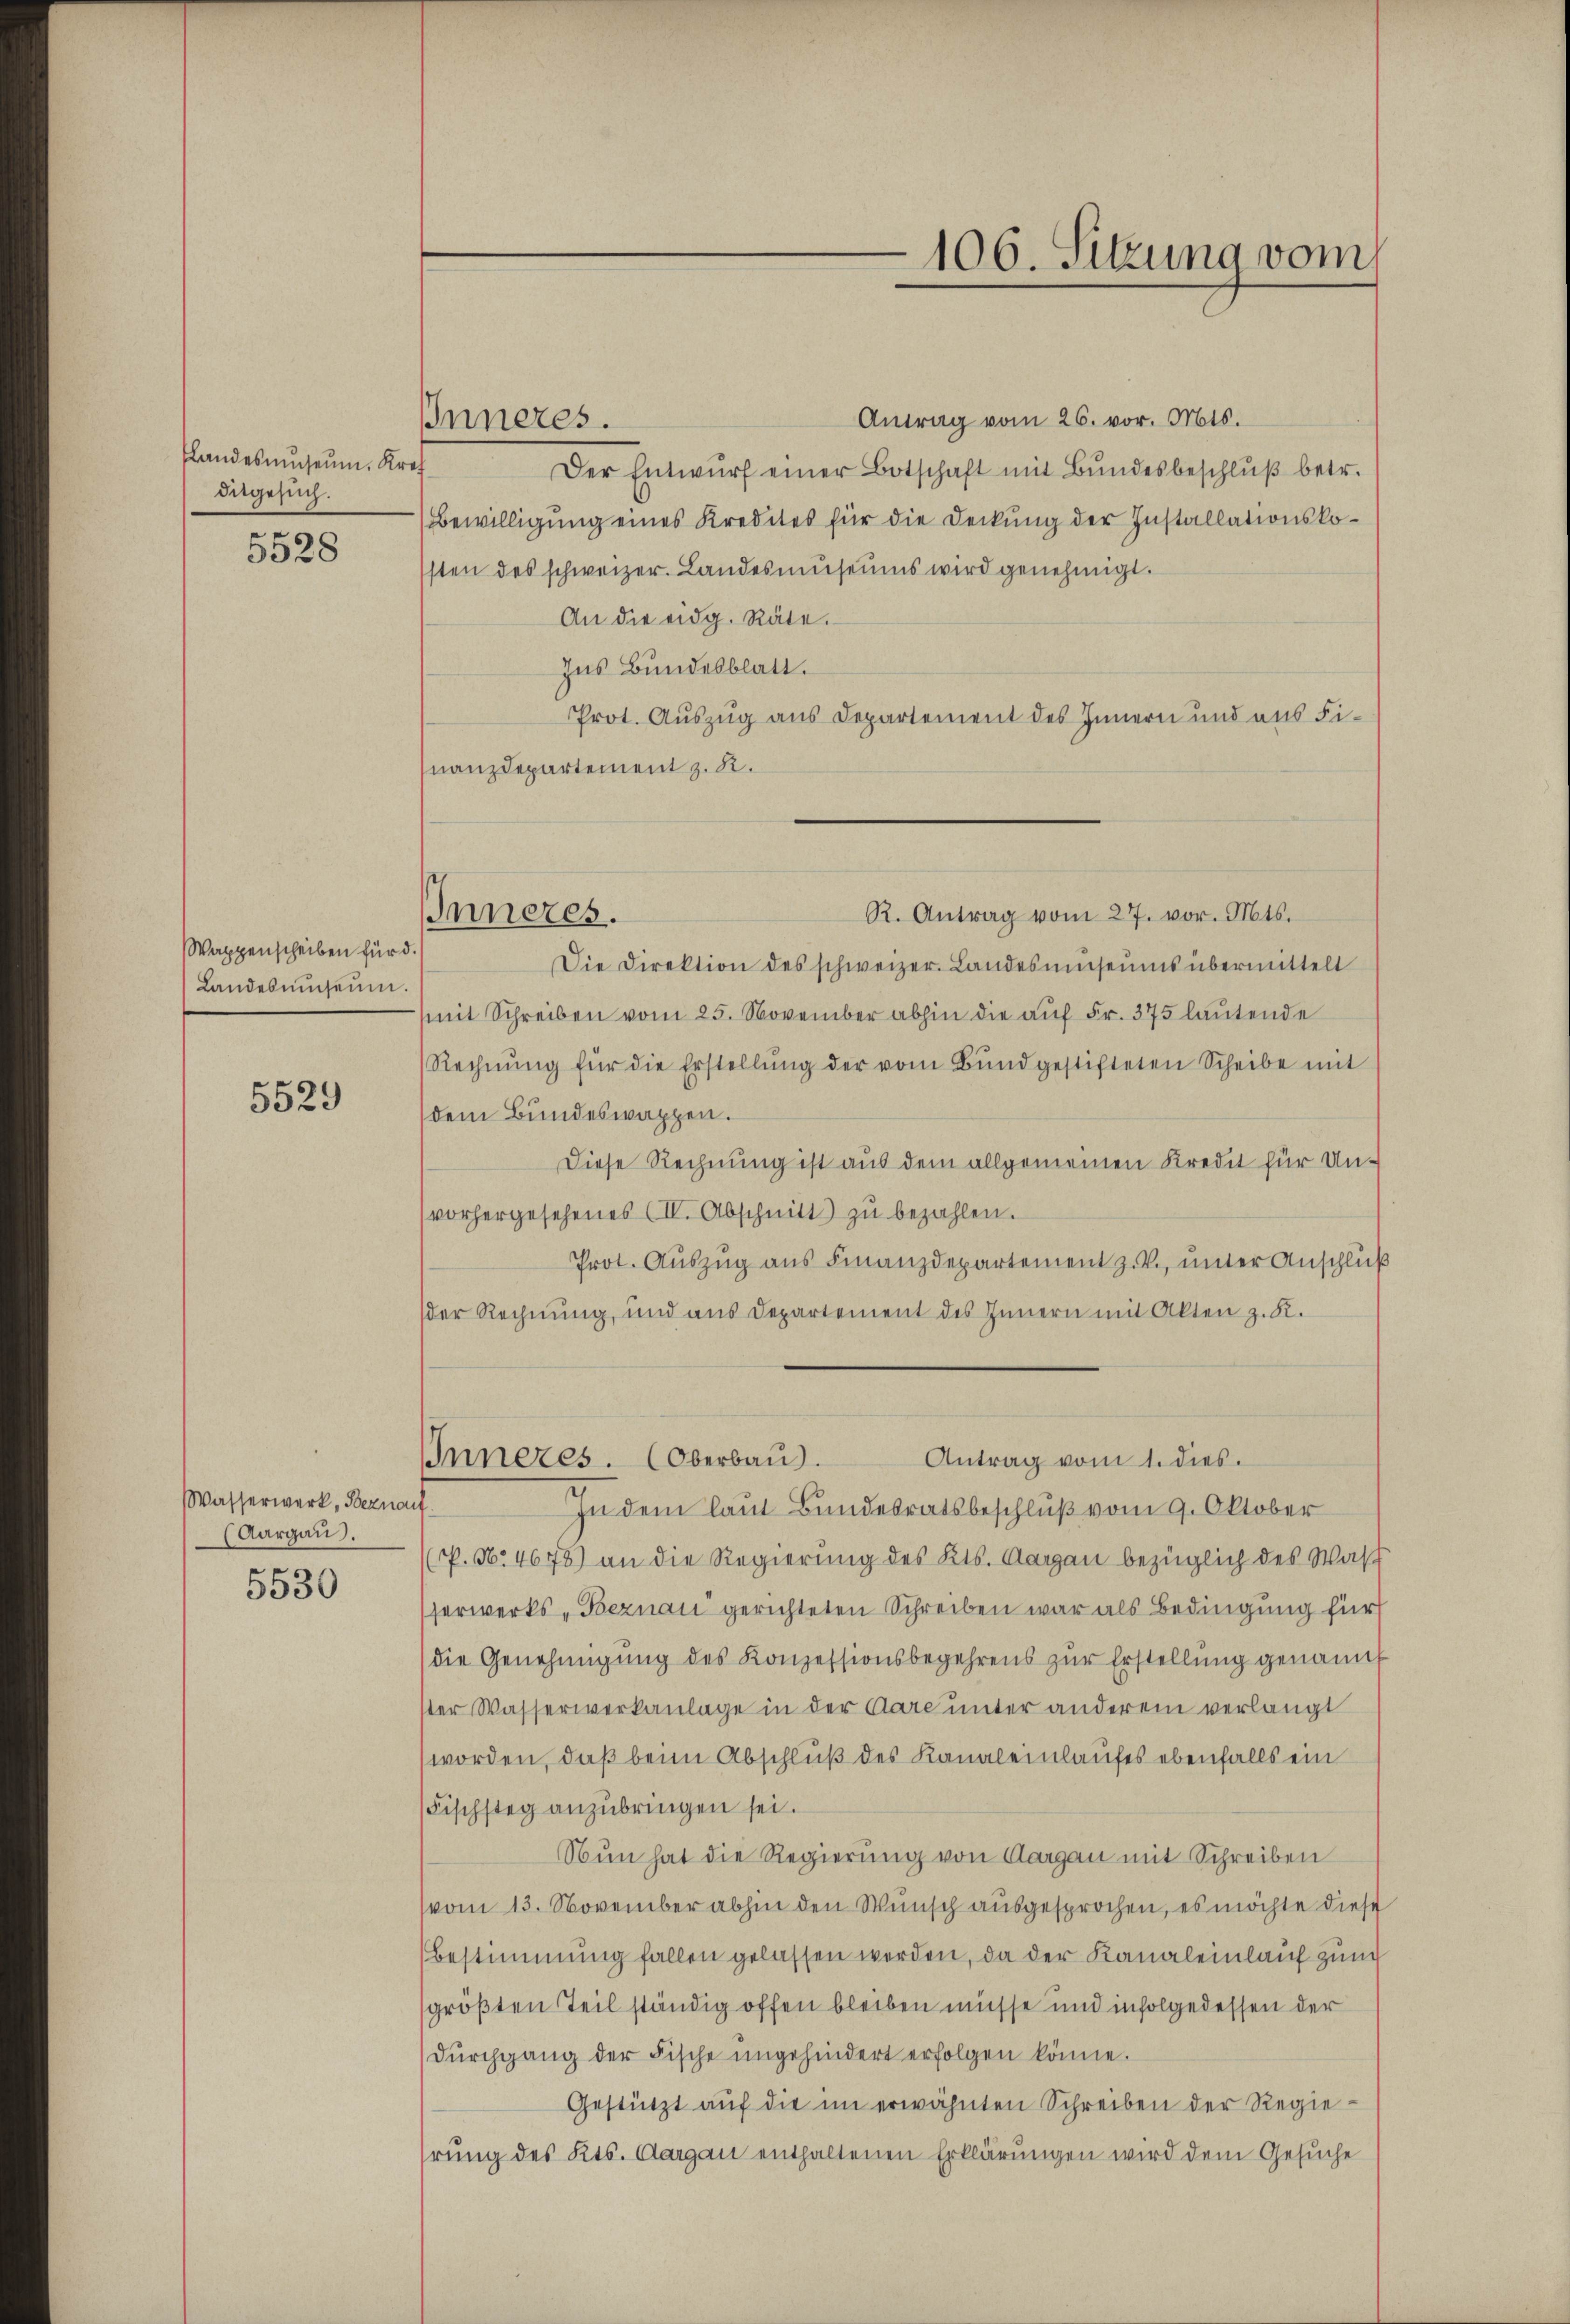
5528

Wappenscheiben für d.
Landesŭmseŭm.

5529

Wasserwerk, Beznau
(Aargau.
5530

slandesmuseum. Kres
degesuch.

Inneres.

Inneres.

106. Sitzung vom

Antrag vom 26. vor. Mts.
Der Entwŭrf einer Botschaft mit Bŭndesbeschlŭβ betr.
Bewilligung eines Kredites für die Deckung der Installationskosten des schweizer. Landesmuseums wird genehmigt.
An die eidg. Räte.
Ins Bundesblatt.
Prot. Auszug aus Departement des Innern und aus Finanzdepartement z. R.
R. Antrag vom 27. vor. Mts.
Die Direktion des schweizer. Landesŭmseŭms übermittelt
mit Schreiben vom 25. November abhin die auf Fr. 375 lautende
Rechnŭng für die Erstellŭng der vom Bŭnd gestifteten Scheibe mit
dem Bundeswappen.
Diese Rechnung ist aus dem allgemeinen Kredit für Unvorhergesehenes (II. Abschnitt zŭ bezahlen.
Prot. Aŭszŭg ans Finanzdepartement z. V., unter Anschluß
der Rechnung, und aus Departement des Innern mit Akten z. K.
Antrag vom 1. dies.
Inneres. (Oberbau
In dem laut Bundesratsbeschlŭβ vom 9. Oktober
(P. Nr. 4675) an die Regierung des Kts. Aargau bezüglich des Waß
serwerks Beznau gerichteten Schreiben war als Bedingung für
die Genehmigŭng des Konzessionsbegehrens zŭr Erstellung genannt
ster Wasserwerkanlage in der Aare unter anderem verlangt
worden, daß beim Abschluß des Kanaleinlaufes ebenfalls ein
Fischsteg anzubringen sei.
Nun hat die Regierung von Aargau mit Schreiben
vom 13. November abhin den Wunsch ausgesprochen, es möchte diese
Bestimmung fallen gelassen werden, da der Kanaleinlauf zum
größten Teil ständig offen bleiben müsse und infolgedessen der
Dŭrchgang der Fische ungehindert erfolgen könne.
Gestützt aŭf die im erwähnten Schreiben der Regie-
hrŭng des Kts. Aargau enthaltenen Erklärungen wird dem Gesuche